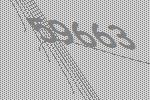
59663